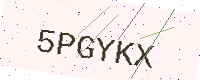
Text: 5PGYKX